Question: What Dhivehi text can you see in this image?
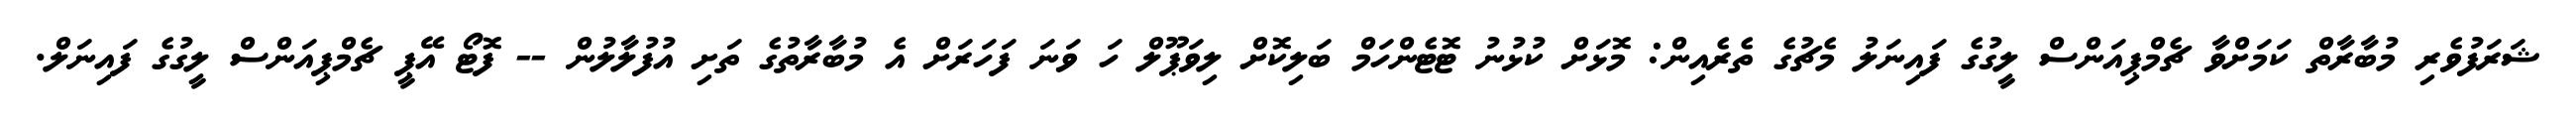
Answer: ޝަރަފުވެރި މުބާރާތް ކަމަށްވާ ޗެމްޕިއަންސް ލީގުގެ ފައިނަލު މެޗުގެ ތެރެއިން: މޮޅަށް ކުޅުނު ޓޮޓެންހަމް ބަލިކޮށް ލިވަޕޫލް ހަ ވަނަ ފަހަރަށް އެ މުބާރާތުގެ ތަށި އުފުލާލުން -- ފޮޓޯ އޭޕީ ޗެމްޕިއަންސް ލީގުގެ ފައިނަލް.